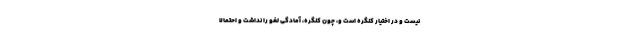
نیست و در اختیار کنگره است و، چون کنگره، آمادگی لغو را نداشت و احتمالا